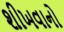
શીખવાનો